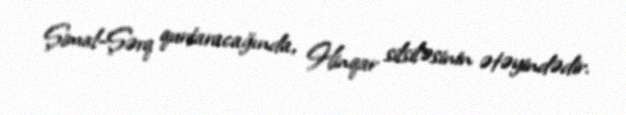
Şimal-Şərq qurtaracağında, Hinqar silsiləsinin ətəyindədir.